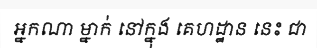
អ្នកណា ម្នាក់ នៅក្នុង គេហដ្ឋាន នេះ ជា